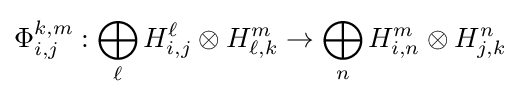
\Phi _{i,j}^{k,m}:\bigoplus _{\ell }H_{i,j}^{\ell }\otimes H_{\ell ,k}^{m}\to \bigoplus _{n}H_{i,n}^{m}\otimes H_{j,k}^{n}